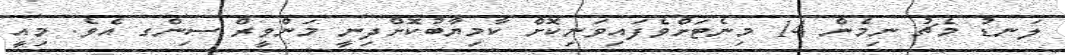
ލަނޑު މެޗު ނިމެން 14 މިނެޓަށްވެފައިވަނިކޮށް ކާމިޔާބުކޮށްދިނީ މަންވީރް ސިންގ އެވެ. މިއީ